Supplement to the account of plague administration in the Bombay Presidency from September 1896 till May 1897
Year: 1896
Disease focus: Plague
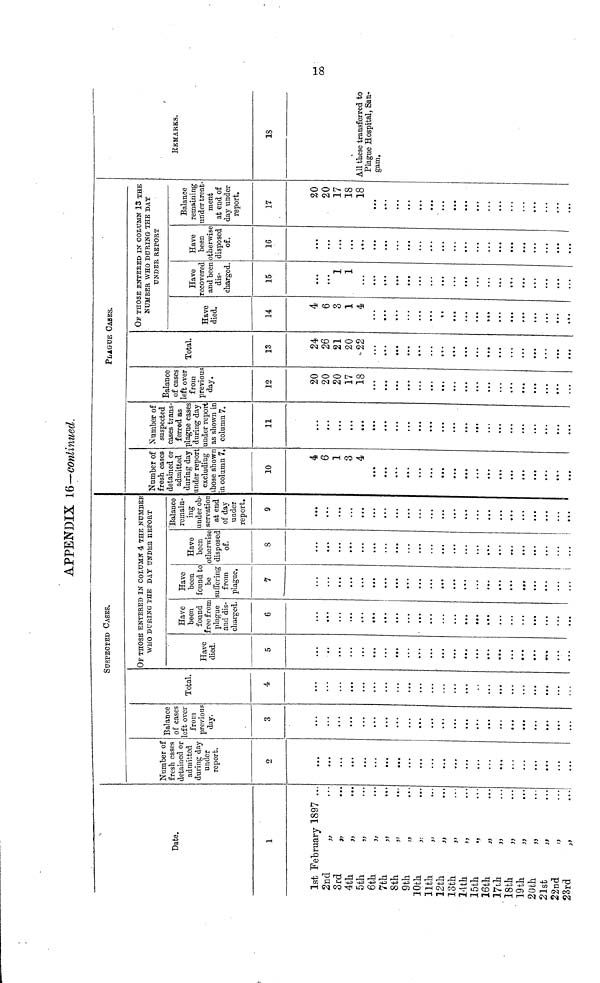
APPENDIX 16--continued.
Date.
1
1st February 1897
2nd
3rd
4th
5th
6th
7th
8th
9th
10th
11th
12th
13th
14th
15th
16th
17th
18th
19th
20th
21st
22nd
23rd
,,
,,
,,
,,
,,
»
,,
»
,,
»
,,
,,
,,
,,
,,
,,
,,
,,
,,
,,
,,
,,
...
..
• ••
• ••
...
...
• •
......
...
......
...
......
.........
......
......
......
......
......
......
......
......
......
......
SUSPECTED CASES.
Number of
fresh cases
detained or
admitted
during day
under
report.
2
...
...
...
...
...
...
...
...
...
...
...
...
...
...
...
...
...
...
...
...
...
...
...
Balance
of cases
left over
from
previous
day.
3
...
...
...
...
...
...
...
...
...
...
...
...
...
...
...
...
...
...
...
...
...
...
...
Total.
4
...
...
...
...
...
...
...
...
...
...
...
...
...
...
..
...
...
...
...
...
...
...
...
OF THOSE ENTERED IN COLUMN 4 THE NUMBER
WHO DURING THE DAY UNDEE REPORT
Have
died.
5
...
...
...
...
...
...
...
...
...
...
...
...
...
...
...
...
...
...
...
...
...
...
...
Have
been
found
free from
plague
and dis-
charged
6
...
...
...
...
...
...
...
...
...
...
...
...
...
...
...
...
...
...
...
...
...
...
...
Have
been
found to
be
suffering
from
plague.
7
...
...
...
...
...
...
...
...
...
...
...
...
...
...
...
...
...
...
...
...
...
...
...
Have
been
otherwise
disposed
of.
8
...
...
...
...
...
...
...
...
...
...
...
...
...
...
...
...
...
...
...
...
...
...
...
Balance
remain-
ing
under ob-
servation
at end
of day
under
report.
9
...
...
...
...
...
...
...
...
...
...
...
...
...
...
...
...
...
...
...
...
...
...
...
PLAGUE CASES.
Number of
fresh cases
detained or
admitted
during day
under report
excluding
those shown
in column 7.
10
4
6
1
3
4
...
...
...
...
...
...
• ••
• • •
• ••
...
...
...
...
...
...
...
...
...
Number of
suspected
cases trans
f erred as
plague case
during day
under report
as shown in
column 7.
11
• • •
...
...
...
• •>
...
...
...
...
...
...
...
...
...
...
...
...
...
...
...
...
...
...
Balance
of cases
left over
from
previous
day.
12
20
20
20
17
18
...
...
...
...
...
...
...
...
...
...
...
...
...
...
...
...
...
...
Total.
13
24
26
21
20
22
...
...
...
...
...
...
• • •
...
...
...
...
...
...
...
...
...
...
...
OF THOSE ENTERED IN COLUMN 13 THE
NUMBER WHO DURING THE DAY
UNDER REPORT
Have
died.
14
4
6
3
1
4
...
...
...
...
...
...
...
...
...
...
...
...
...
...
...
...
...
...
Have
recovered
and been
dis-
charged.
15
• ••
...
1
1
...
...
...
...
...
...
...
...
...
...
...
...
...
...
...
...
...
...
...
Have
been
otherwise
disposed
of.
16
...
...
...
• <•
...
...
...
...
...
...
...
...
...
...
...
...
...
...
• ••
...
...
...
...
Balance
remaining
under treat-
ment
at end of
day under
report.
17
20
20
17
18
18
...
...
...
...
...
...
...
...
• •a
...
...
...
...
...
...
...
...
...
REMARKS.
18
18
All these transferred to
Plague Hospital, San-
gam.